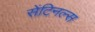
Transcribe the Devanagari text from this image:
सेंटिनल्स